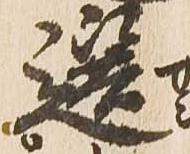
選